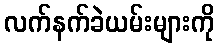
လက်နက်ခဲယမ်းများကို